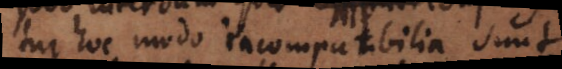
tur hoc modo incompatibilia sunt,